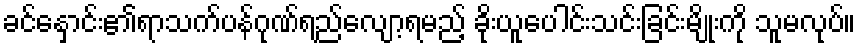
ခင်နှောင်း၏ရာသက်ပန်ဂုဏ်ရည်လျော့ရမည့် ခိုးယူပေါင်းသင်းခြင်းမျိုးကို သူမလုပ်။